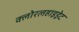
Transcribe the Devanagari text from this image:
क्लोरलहाइड्रेट